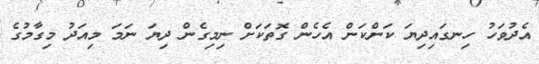
އެދުވަހު ހިނގައިދިޔަ ކަންކަން އެހެން ގޮތަކަށް ނިމިގެން ދިޔަ ނަމަ މިއަދު މިގާމުގެ